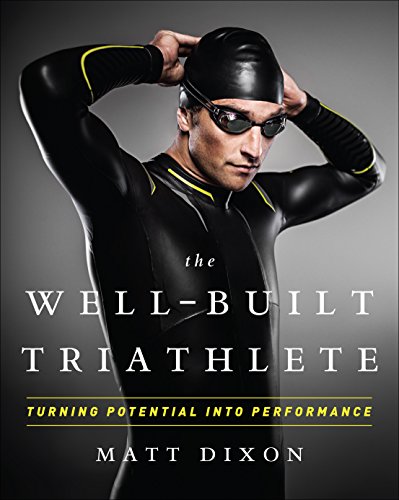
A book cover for The Well-Built Triathlete: Turning Potential into Performance; Matt Dixon MSc; Sports & Outdoors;